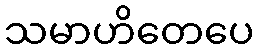
သမာဟိတေပေ